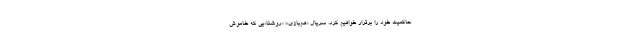
حاکمیت خود را برقرار خواهیم کرد. سریال «هم‌بازی»؛ «روشنا»‌یی که خاموش